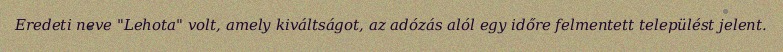
Eredeti neve "Lehota" volt, amely kiváltságot, az adózás alól egy időre felmentett települést jelent.